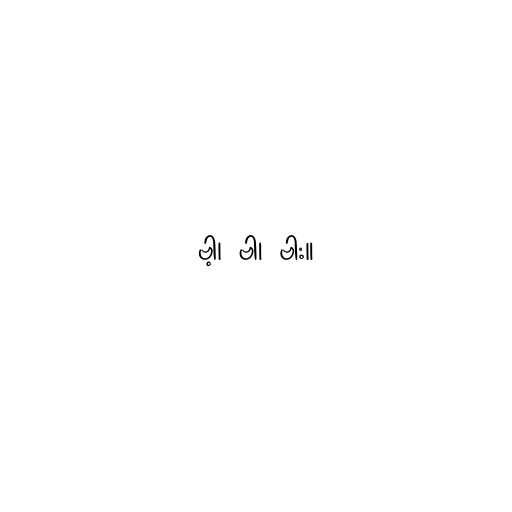
ဗါ့၊ ဗါ၊ ဗါး။